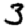
Digit: 3